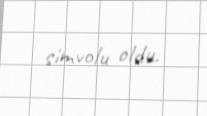
simvolu oldu.